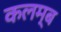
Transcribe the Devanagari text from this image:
कलम्ब